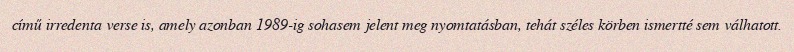
című irredenta verse is, amely azonban 1989-ig sohasem jelent meg nyomtatásban, tehát széles körben ismertté sem válhatott.